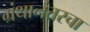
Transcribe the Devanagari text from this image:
ग्रंथानंतरचा